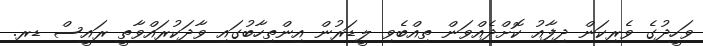
ވަހީދުގެ ވެރިކަން ދިފާއު ކޮށްދެއްވަން ތިއްބެވި ލީޑަރުން އިންތިހާބުގައި ވާދަކުރައްވާތީ ރައީސް ޑރ.